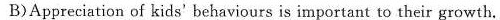
B)Appreciation of kids' behaviours is important to their growth.